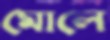
মোলে